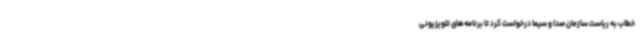
خطاب به ریاست سازمان صدا و سیما درخواست کرد تا برنامه‌های تلویزیونی